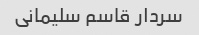
سردار قاسم سلیمانی